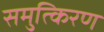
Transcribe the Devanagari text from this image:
समुत्किरण